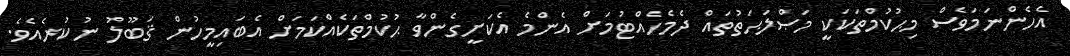
އެހެންނަމަވެސް މިޙުކުމްތަކަކީ މަޞްލަޙަތުތައް ދެމެހެއްޓުމަށް އެންމެ އެކަށީގެންވާ ޙުކުމްތަކެއްކަމަށް އެބައިމީހުން ޤަބޫލު ނުކުރެއެވެ.